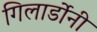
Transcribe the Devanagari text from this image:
गिलार्डोनी